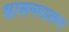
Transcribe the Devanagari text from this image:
शासनपालन